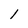
Character: l